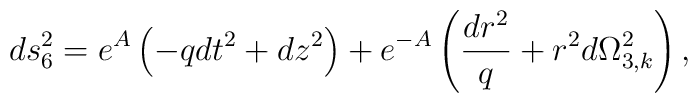
ds_6^2 = e^A\left( -qdt^2+dz^2\right) + e^{-A}\left( \frac{dr^2}{q}+r^2 d\Omega^2 _{3,k} \right),